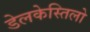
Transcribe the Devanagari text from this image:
डेलकेस्तिलो